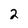
Character: 2